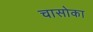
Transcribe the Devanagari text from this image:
चासोका